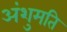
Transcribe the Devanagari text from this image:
अंशुमति